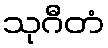
သုဂီတံ